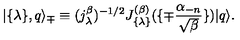
| \{ \lambda \} , q \rangle _ { \mp } \equiv ( j _ { \lambda } ^ { \beta } ) ^ { - 1 / 2 } J _ { \{ \lambda \} } ^ { ( \beta ) } ( \{ \mp { \frac { \alpha _ { - n } } { \sqrt { \beta } } } \} ) | q \rangle .